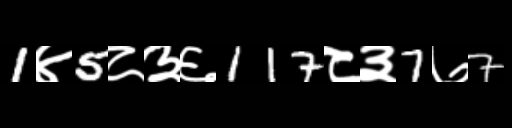
Text: 1४5८३६117८३7७7